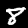
Label: 8